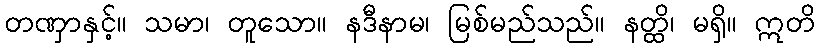
တဏှာနှင့်။ သမာ၊ တူသော။ နဒီနာမ၊ မြစ်မည်သည်။ နတ္ထိ၊ မရှိ။ ဣတိ